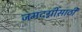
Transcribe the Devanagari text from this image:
जमदग्नींसाठी